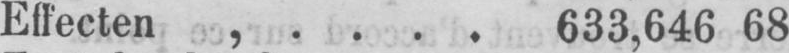
Effecten, .... 633,646 68